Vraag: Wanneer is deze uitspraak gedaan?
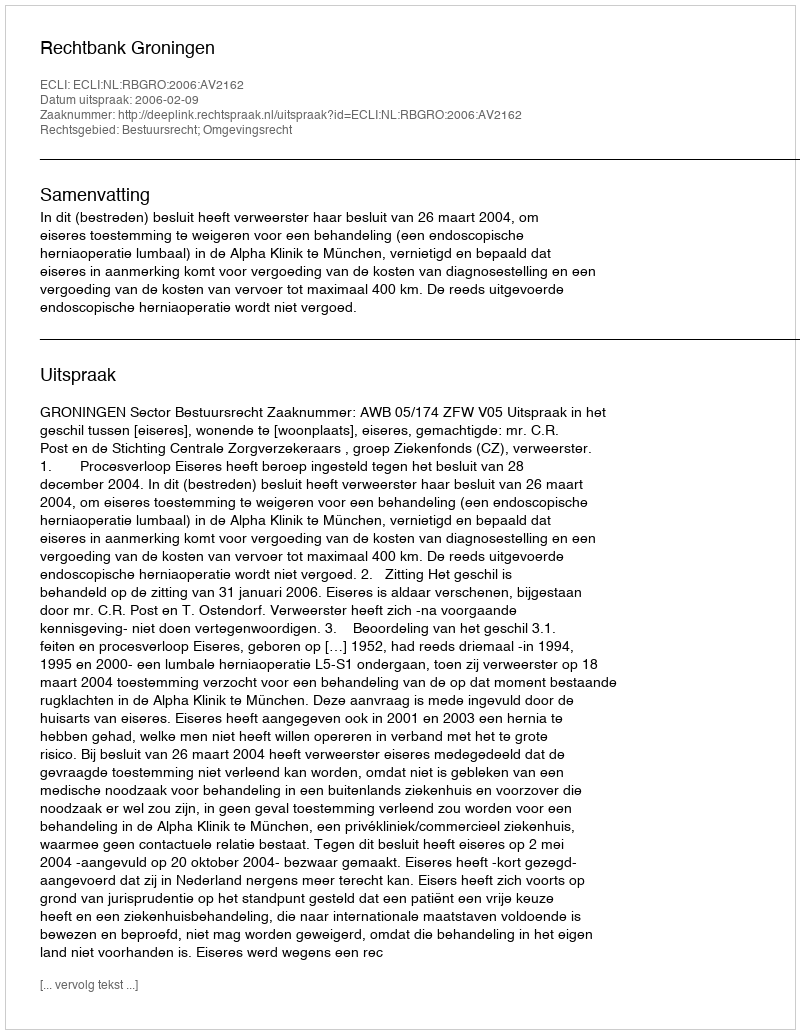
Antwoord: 2006-02-09